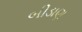
બીડાણ